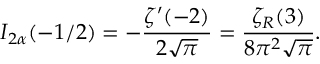
I _ { 2 \alpha } ( - 1 / 2 ) = - \frac { \zeta ^ { \prime } ( - 2 ) } { 2 \sqrt \pi } = \frac { \zeta _ { R } ( 3 ) } { 8 \pi ^ { 2 } \sqrt \pi } { . }